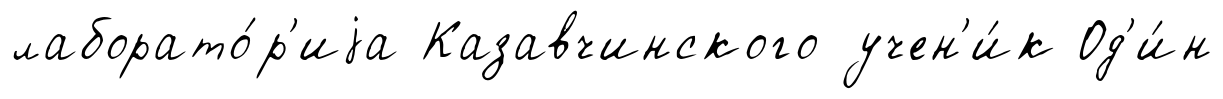
лаборато́р'иjа Казавчинского учен'и́к Од'и́н